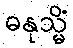
ဓနုသ္မိံ